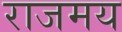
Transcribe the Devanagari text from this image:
राजमय